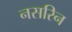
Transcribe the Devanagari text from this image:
नसरिन